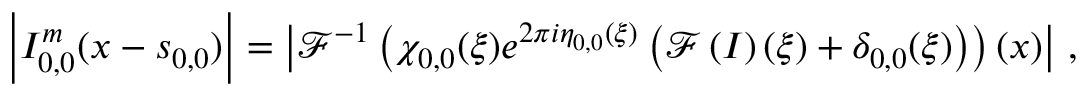
\left\vert I _ { 0 , 0 } ^ { m } ( \boldsymbol { x } - \boldsymbol { s } _ { 0 , 0 } ) \right\vert = \left\vert \mathcal { F } ^ { - 1 } \left( \chi _ { 0 , 0 } ( \boldsymbol { \xi } ) e ^ { 2 \pi i \eta _ { 0 , 0 } ( \boldsymbol { \xi } ) } \left( \mathcal { F } \left( I \right) ( \boldsymbol { \xi } ) + \delta _ { 0 , 0 } ( \boldsymbol { \xi } ) \right) \right) ( \boldsymbol { x } ) \right\vert \, ,